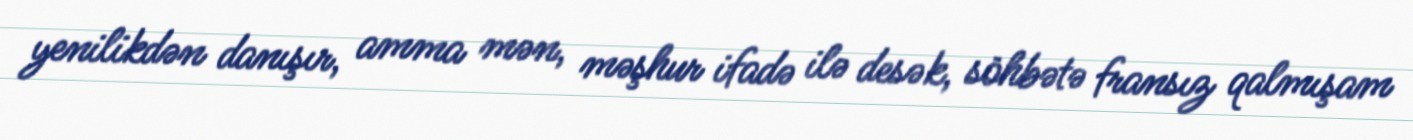
yenilikdən danışır, amma mən, məşhur ifadə ilə desək, söhbətə fransız qalmışam